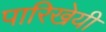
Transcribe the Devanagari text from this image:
पारिखेयी